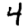
Digit: 4